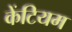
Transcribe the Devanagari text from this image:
केंटियम